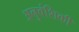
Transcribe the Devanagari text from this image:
अनुवंशिकी